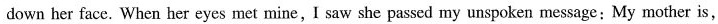
down her face. When her eyes met mine,I saw she passed my unspoken message:My mother is,